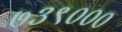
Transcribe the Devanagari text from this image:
७३९०००